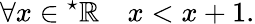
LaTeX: \forall x\in{}^{\star}\mathbb{R}\quad x<x+1.